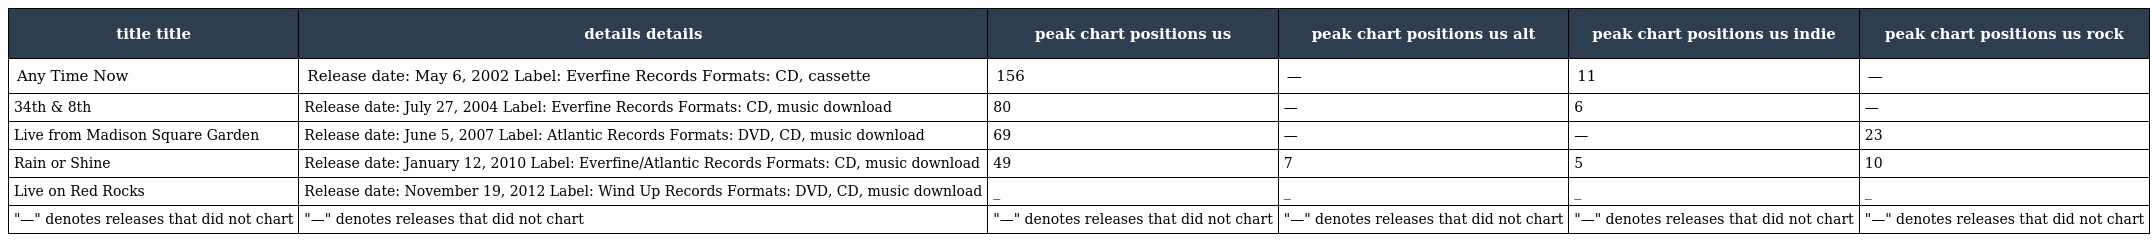
| title title | details details | peak chart positions us | peak chart positions us alt | peak chart positions us indie | peak chart positions us rock |
 | --- | --- | --- | --- | --- | --- |
 | Any Time Now | Release date: May 6, 2002 Label: Everfine Records Formats: CD, cassette | 156 | — | 11 | — |
 | 34th & 8th | Release date: July 27, 2004 Label: Everfine Records Formats: CD, music download | 80 | — | 6 | — |
 | Live from Madison Square Garden | Release date: June 5, 2007 Label: Atlantic Records Formats: DVD, CD, music download | 69 | — | — | 23 |
 | Rain or Shine | Release date: January 12, 2010 Label: Everfine/Atlantic Records Formats: CD, music download | 49 | 7 | 5 | 10 |
 | Live on Red Rocks | Release date: November 19, 2012 Label: Wind Up Records Formats: DVD, CD, music download | _ | _ | _ | _ |
 | "—" denotes releases that did not chart | "—" denotes releases that did not chart | "—" denotes releases that did not chart | "—" denotes releases that did not chart | "—" denotes releases that did not chart | "—" denotes releases that did not chart |